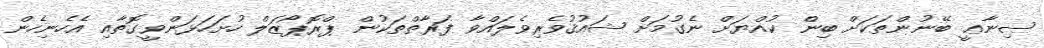
ޞިނާޢީ ބޭނުންތަކަށް ބިން ކުއްޔަށް ނެގުމަށް ޝައުޤުވެރިވެލައްވާ ފަރާތްތަކުން ޕްރޮޕޯޒަލް ހުށަހަޅަންވީގޮތާއި އެހެނިހެން